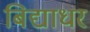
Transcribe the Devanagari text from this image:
बिद्याधर